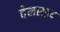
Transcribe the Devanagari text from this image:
वेलसदृष